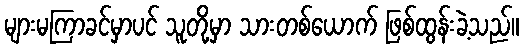
များမကြာခင်မှာပင် သူတို့မှာ သားတစ်ယောက် ဖြစ်ထွန်းခဲ့သည်။